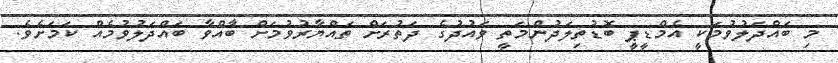
މި ބައްދަލުވުމަކީ އެމްޑީޕީ ބޮޑުތިލަދުންމަތީ ވައުދުގެ ދަތުރަށް ތައްޔާރުވުމަށް ބާއްވާ ބައްދަލުވުމެއް ކަމަށެވެ.